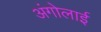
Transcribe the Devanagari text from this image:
अंगोलाई